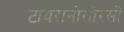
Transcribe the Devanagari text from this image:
टायरानोसोरसों